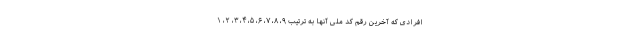
افرادی که آخرین رقم کد ملی آنها به ترتیب ۹، ۸، ۷، ۶، ۵، ۴، ۳، ۲، ۱